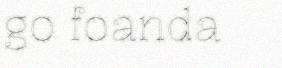
go foanda